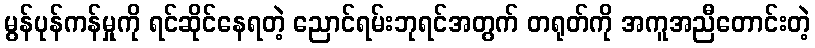
မွန်ပုန်ကန်မှုကို ရင်ဆိုင်နေရတဲ့ ညောင်ရမ်းဘုရင်အတွက် တရုတ်ကို အကူအညီတောင်းတဲ့